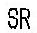
SR